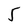
Character: 5